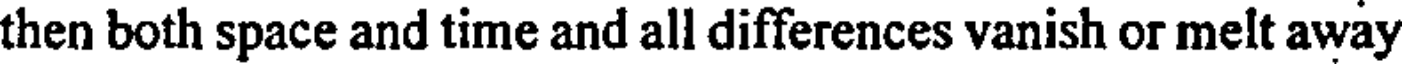
then both space and time and all differences vanish or melt away